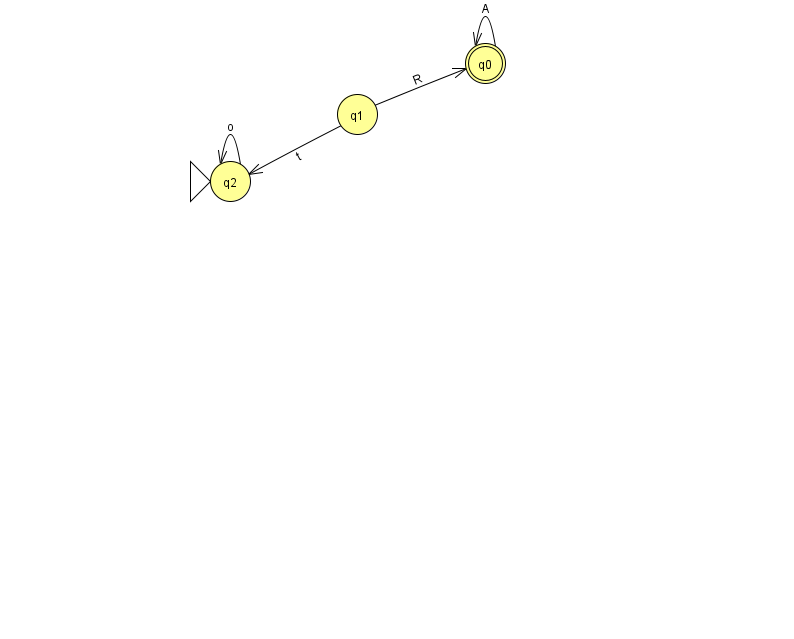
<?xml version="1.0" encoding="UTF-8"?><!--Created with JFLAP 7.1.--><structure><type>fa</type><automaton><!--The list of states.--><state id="0" name="q0"><x>485.0</x><y>50.0</y><final/></state><state id="1" name="q1"><x>357.0</x><y>101.0</y></state><state id="2" name="q2"><x>230.0</x><y>168.0</y><initial/></state><!--The list of transitions.--><transition><from>0</from><to>0</to><read>A</read></transition><transition><from>1</from><to>0</to><read>R</read></transition><transition><from>1</from><to>2</to><read>t</read></transition><transition><from>2</from><to>2</to><read>o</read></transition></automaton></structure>